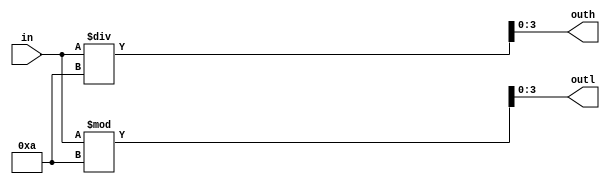
module bintobcd(in, outh, outl);
    input [6:0]in;
    output [3:0]outh;
    output [3:0]outl;

    assign outh = in / 10;
    assign outl = in % 10;
endmodule